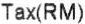
TAX(RM)